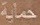
حماية